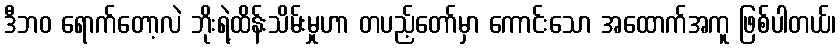
ဒီဘဝ ရောက်တော့လဲ ဘိုးရဲ့ထိန်းသိမ်းမှုဟာ တပည့်တော်မှာ ကောင်းသော အထောက်အကူ ဖြစ်ပါတယ်၊